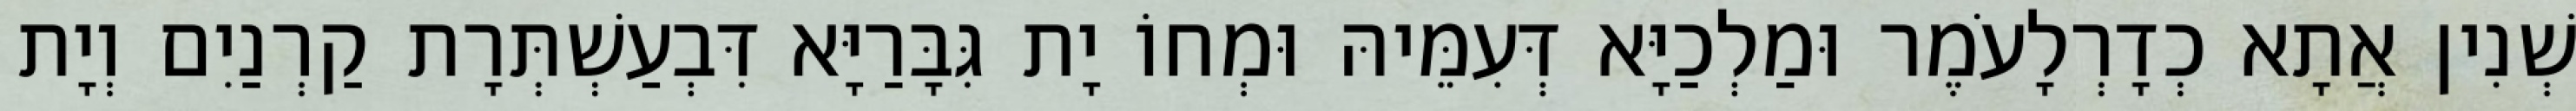
שְׁנִין אֲתָא כְדָרְלָעֹמֶר וּמַלְכַיָּא דְּעִמֵּיהּ וּמְחוֹ יָת גִּבָּרַיָּא דִּבְעַשְׁתְּרָת קַרְנַיִם וְיָת